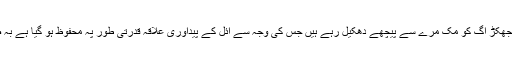
اس ساری ابتر صورتِ حال میں واحد خوش آئند بات یہ ہے کہ ہوا کے تیز جھکڑ آگ کو مک مرے سے پیچھے دھکیل رہے ہیں جس کی وجہ سے آئل کے پیداوری علاقہ قدرتی طور پہ محفوظ ہو گیا ہے بہ صورتِ دیگر مذید ہولناک تباہی اور ناقلِ تلافی نقصانات کا سامنا کرنا پڑتا۔